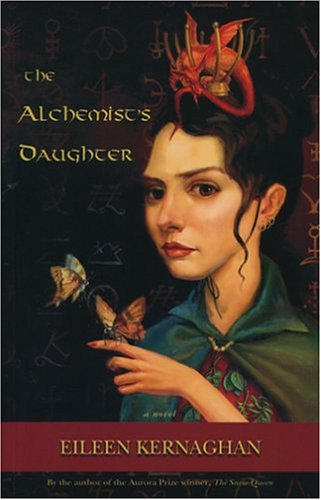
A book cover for The Alchemist_s Daughter; Eileen Kernaghan; Teen & Young Adult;